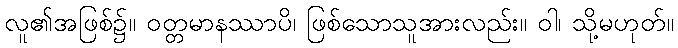
လူ၏အဖြစ်၌။ ဝတ္တမာနဿာပိ၊ ဖြစ်သောသူအားလည်း။ ဝါ၊ သို့မဟုတ်။